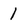
Character: 1